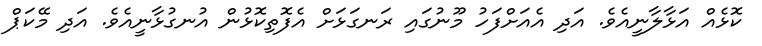
ކޮޅެއް އަޅާލާނީއެވެ. އަދި އެއަށްފަހު މޫނުގައި ރަނގަޅަށް އެފޮތިކޮޅުން އުނގުޅާނީއެވެ. އަދި މޭކަޕް